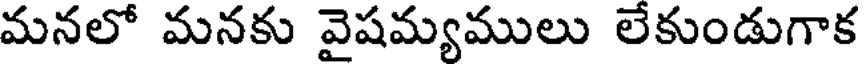
మనలో మనకు వైషమ్యములు లేకుండుగాక